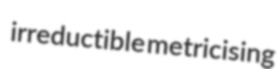
irreductible metricising